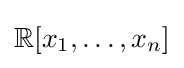
\mathbb {R} [x_{1},\dots ,x_{n}]